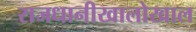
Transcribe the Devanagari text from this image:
राजधानीखालोखाल